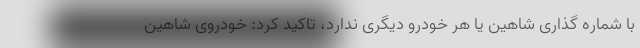
با شماره گذاری شاهین یا هر خودرو دیگری ندارد، تاکید کرد: خودروی شاهین